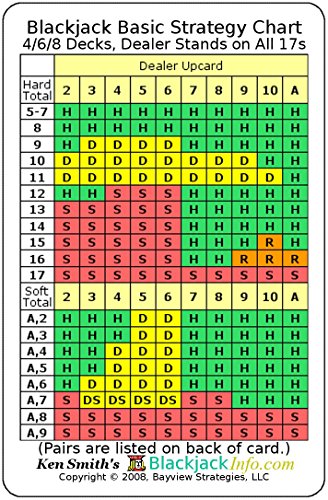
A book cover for Blackjack Basic Strategy Chart: 4/6/8 Decks, Dealer Stands on All 17s (2-sided card); Kenneth R Smith; Humor & Entertainment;